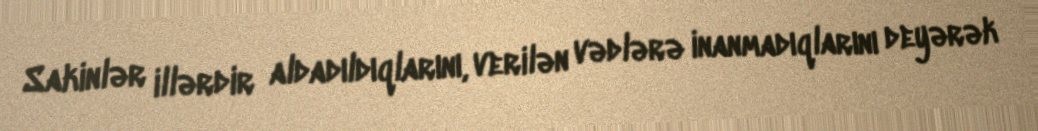
Sakinlər illərdir aldadıldıqlarını, verilən vədlərə inanmadıqlarını deyərək